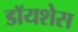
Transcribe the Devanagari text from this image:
डॉयशेस